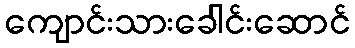
ကျောင်းသားခေါင်းဆောင်